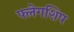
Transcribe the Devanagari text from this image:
फ्लेगशिप